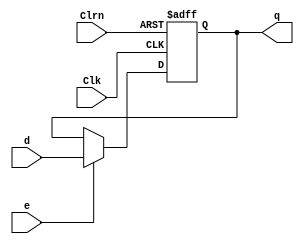
`timescale 1ns / 1ps
module dffe32(d,Clk,Clrn,e,q);
    input [31:0]d;
    input Clk,Clrn,e;
    output reg [31:0]q;
    always @(posedge Clk or negedge Clrn)    
        if(Clrn == 0)begin
            q <= 0 ;
        end else begin
        if(e)
             q<=d;
        end
endmodule